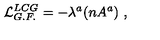
{ \cal L } _ { G . F . } ^ { L C G } = - \lambda ^ { a } ( n A ^ { a } ) \ ,